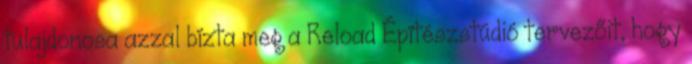
tulajdonosa azzal bízta meg a Reload Építészstúdió tervezőit, hogy